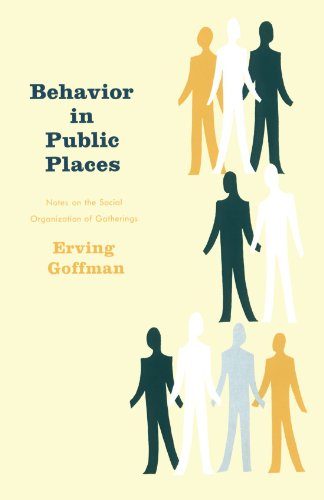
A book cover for Behavior in Public Places: Notes on the Social Organization of Gatherings; Erving Goffman; Politics & Social Sciences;